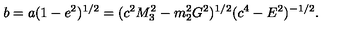
b = a ( 1 - e ^ { 2 } ) ^ { 1 / 2 } = ( c ^ { 2 } M _ { 3 } ^ { 2 } - m _ { 2 } ^ { 2 } G ^ { 2 } ) ^ { 1 / 2 } ( c ^ { 4 } - E ^ { 2 } ) ^ { - 1 / 2 } .